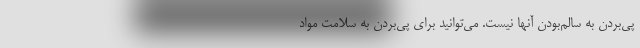
پی‌بردن به سالم‌بودن آنها نیست. می‌توانید برای پی‌بردن به سلامت مواد